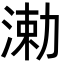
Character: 𬈆